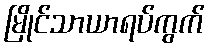
မြိုင်သာယာရပ်ကွက်